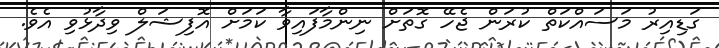
ގަޑިއިރު މަސައްކަތް ކުރަން ޖެހޭ ގޮތަށް ނިންމާފައިވާ ކަމަށް އޮފިޝަލް ވިދާޅުވި އެވެ.